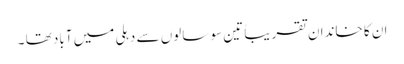
ان کا خاندان تقریباً تین سو سالوں سے دہلی میں آباد تھا ۔